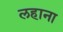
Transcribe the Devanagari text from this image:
लहाना